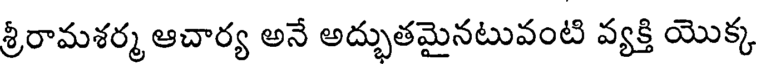
శ్రీరామశర్మ ఆచార్య అనే అద్భుతమైనటువంటి వ్యక్తి యొక్క